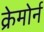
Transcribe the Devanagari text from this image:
क्रेमोर्न